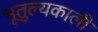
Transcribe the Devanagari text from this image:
भूतुल्यकाली